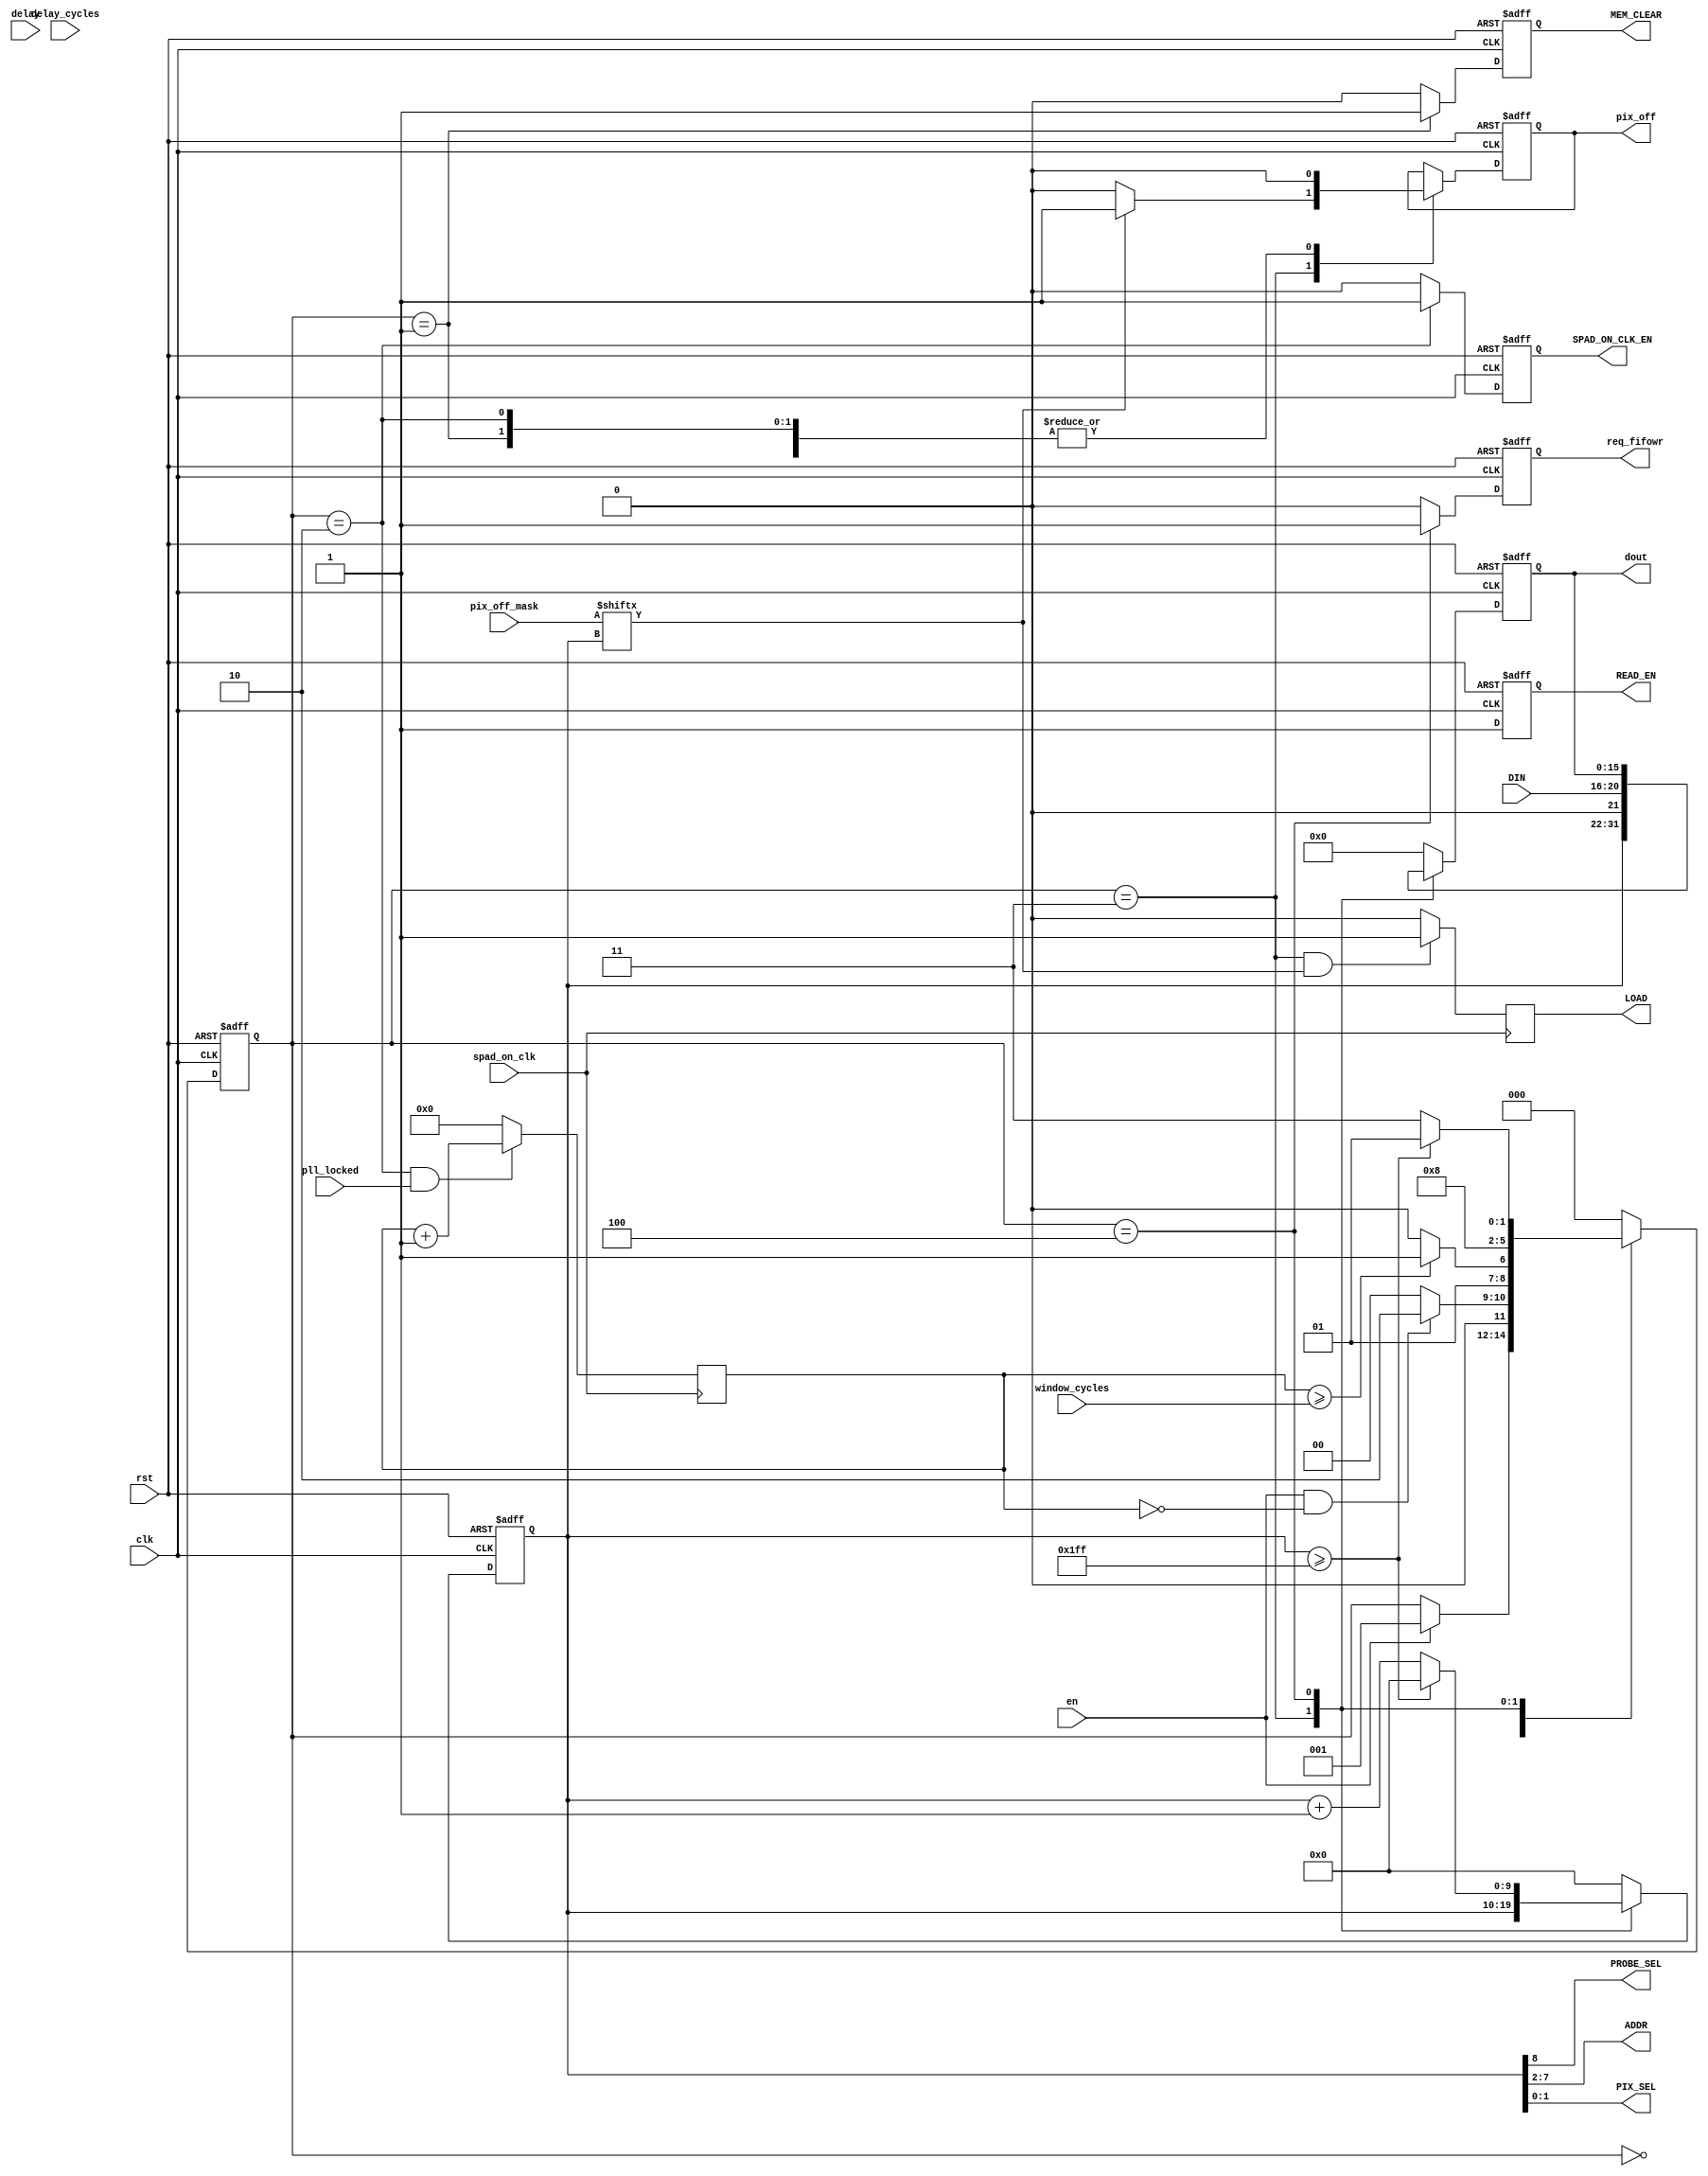
`timescale 1ns / 1ps
//////////////////////////////////////////////////////////////////////////////////
// Company: Columbia U
// 
// Design Name: 
// Module Name:    FSM_v1 
// Project Name: 
// Target Devices: 
// Tool versions: 
// Description: 
//
// Dependencies: 
//
// Revision:
//		v1 - [adriaan] Empty box with correct in and outputs
//		v2 - [jaebin] State machine created
//		v3 - [adriaan] verified and synthesized. Moved the counter to toplevel.
//		v4 - [adriaan] added the hot pixel masking, and the LOAD signal
// Additional Comments: 
//
//////////////////////////////////////////////////////////////////////////////////
//Feedback on v2:

// Make sure you define all outputs in all states!
// Clean up the unused inputs and outputs, dont uncomment them, just remove 
// In state Idle you are pushing the data into the fifo. There is no guarantee this data is valid
// Made sure the counter value was again defined for every state

// instead of posedge(clkb) -> negedge(clk)
// nested case statements? Not a good idea

// be concise, dont put the same statement in the if and the else 
// mem_clear was not set low again in the record state
// what is the difference between read_toggle and read_EN? according to the code they are the same!
// if we want to do negative edge sampling, its better to have another state and do a double 
// use the internal readfromADDR as a counter, and then set the corresponding outputs from that counter

module FSM_v4(
	//to IC
	pix_off, 			//1b
	PROBE_SEL, 			//1b
	ADDR, 				//6b
	PIX_SEL, 			//2b
	MEM_CLEAR,			//global IC reset
	READ_EN,				//request to IC to update data
	SPAD_ON_CLK_EN,	//enable the laser synchronous delayed photon gathering time
	DIN,					//data from IC
	LOAD,			//enable for the pix_off
	
	//from FPGA
	pix_off_mask,//512 bit hot pixel mask
	spad_on_clk,	//20MHz from PLL
	pll_locked,		//locked signal, dont open spad_on unless its locked
	window_cycles,	//number of laser_clk windows to gather photons
	delay,			//--not implemented--
	delay_cycles,	//--not implemented--
	en,				//fsm enable
	clk,				//80 MHz clock, resolves to Tclk/2 pixel readout speed
	rst,				//reset
	dout,				//16bit output to fifo, [9 address bits][00][5-bit data] 
	req_fifowr		//fifo write enable
);

//output
output wire PROBE_SEL;
output wire [5:0] ADDR;
output wire [1:0] PIX_SEL;

output reg [15:0] dout;
output reg req_fifowr;
output reg READ_EN;
output reg MEM_CLEAR;
output reg pix_off;
output reg SPAD_ON_CLK_EN; 
output reg LOAD;

//input
input wire [511:0] pix_off_mask;
input wire [4:0] DIN;
input wire en;
input wire clk;
input wire rst;
input wire delay;
input wire [31:0] window_cycles;
input wire [31:0] delay_cycles;
input wire spad_on_clk;
input wire pll_locked;

//states
parameter IDLE = 3'b000;
parameter CLEAR = 3'b001;
parameter RECORD = 3'b010;
parameter READ_PIX = 3'b011;
parameter NEXT_PIX_AND_FIFO = 3'b100;

//internals
reg [31:0] windows_cnt;
reg [9:0] readfromADDR;
reg [15:0] dout_flipped;

//state internal
reg [2:0] state;


//concurrent logic
assign PROBE_SEL = readfromADDR[8];
assign ADDR = readfromADDR[7:2];
assign PIX_SEL = readfromADDR[1:0];

//sequential logic
always @(posedge clk or posedge rst) begin
	if(rst) begin
		//outputs
		dout <= 16'b0;
		req_fifowr	<= 1'b0;
		READ_EN		<= 1'b0;
		pix_off		<= 1'b0;
		SPAD_ON_CLK_EN <= 1'b0;
		MEM_CLEAR 	<= 1'b0;
		//internals
		readfromADDR <= 10'b0;
		//state
		state <= IDLE;
	end
	
	else begin
	
		case(state)
			IDLE: begin
				dout <= 16'b0;
				req_fifowr <= 1'b0;
				pix_off		<= 1'b0;
				READ_EN <= 1'b1;
				SPAD_ON_CLK_EN <= 1'b0;
				MEM_CLEAR <= 1'b0;
				//internals
				readfromADDR	<= 10'b0;
				//state
				if(en) begin
					state <= CLEAR;
				end
			end
		
			CLEAR: begin //clear mem
				pix_off		<= 1'b0;
				dout <= 16'b0;
				req_fifowr <= 1'b0;
				READ_EN <= 1'b1; //edit just now
				SPAD_ON_CLK_EN <= 1'b0;
				MEM_CLEAR <= 1'b1;			//assert mem_clear
				//internals
				readfromADDR	<= 10'b0;
				//state
				if(en && (windows_cnt == 0)) begin	
					state <= RECORD;		//start or continue the loop
				end else begin
					state <= IDLE; 		//hop back to idle
				end
			end
			
			RECORD: begin //record for designated windows_cnt and move on. otherwise stay in state.
				pix_off		<= 1'b0;
				dout <= 16'b0;
				req_fifowr <= 1'b0;
				READ_EN <= 1'b1;
				SPAD_ON_CLK_EN <= 1'b1; 	//enable the SPAD_ON from PLL to the GPIO
				MEM_CLEAR <= 1'b0;			//deassert mem_clear
				//internals				
				readfromADDR <= 10'b0;
				
				if((windows_cnt >= window_cycles)) begin //when # of windows is reached
					state <= READ_PIX;
				end else begin
					state <= RECORD;
				end
				
			end

			//dout, readfromADDR, are latched so they are not defined in both states
			//16bit output with MSB addresses and LSB values will be read, it has 12.5ns to settle
			//If it requires more than 12.5ns of settling time, we will create a third state
			READ_PIX: begin //send request for data to IC. This is technically a 3-state process (request, sample, send&next)  combined into 2 states
				//outputs
				SPAD_ON_CLK_EN <= 1'b0;
				MEM_CLEAR <= 1'b0;
				req_fifowr <= 1'b0; 							//data should not be send to fifo
				READ_EN <= 1'b1;								//send read request to the IC
				dout <= {readfromADDR, 1'b0 , DIN}; //fix0905
				
				
				//internals
				//readfromADDR <= is latched from the previous state
				
				//set pix_off
				if (pix_off_mask[readfromADDR] == 1'b1) begin
					pix_off <= 1'b1;
				end else begin
					pix_off <= 1'b0;
				end
				
				//state
				state <= NEXT_PIX_AND_FIFO;
			end
			
			NEXT_PIX_AND_FIFO: begin //send data to FIFO, loop to new address
				//outputs
				pix_off		<= 1'b0;
				SPAD_ON_CLK_EN <= 1'b0;
				MEM_CLEAR <= 1'b0;
				READ_EN <= 1'b1;
				//dout <= is latched from the previous state
				req_fifowr <= 1'b1; 	//send it bro!!
				
				//internals

				//state
				if(readfromADDR >= 10'd511) begin //when the final address is surpassed. The READ_PIX state needs still be reached for pixel 511
					state <= CLEAR;
					readfromADDR <= 10'b0;
				end else begin
					state <= READ_PIX;
					readfromADDR <= readfromADDR + 1'b1; //send new address to the IC to settle for new data request
				end
			end
						
						
			default: begin //same behaviour as reset clause
				//outputs
				dout <= 16'b0;
				req_fifowr	<= 1'b0;
				READ_EN		<= 1'b1;
				SPAD_ON_CLK_EN <= 1'b0;
				MEM_CLEAR 	<= 1'b0;
				//internals
				readfromADDR <= 10'b0;
				//state
				state <= IDLE;
			end
			
		endcase
	end
end

//counter for the number of windows that have been
always @(negedge spad_on_clk) begin
	if ((state == RECORD) && (pll_locked == 1'b1)) begin
		windows_cnt <= windows_cnt + 1;
	end else begin
		windows_cnt <= 32'b0;
	end
	
	if ((state == READ_PIX) && (pix_off_mask[readfromADDR] == 1'b1)) begin
		LOAD <= 1'b1;
	end else begin
		LOAD <= 1'b0;
	end
end

endmodule